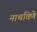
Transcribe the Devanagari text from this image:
नाचविणे